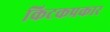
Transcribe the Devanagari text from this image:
किटकप्रकार